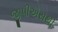
જીપીએસથી